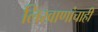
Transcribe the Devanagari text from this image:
लिखाणांचाही